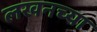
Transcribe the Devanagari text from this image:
लखनच्या